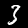
Label: 3